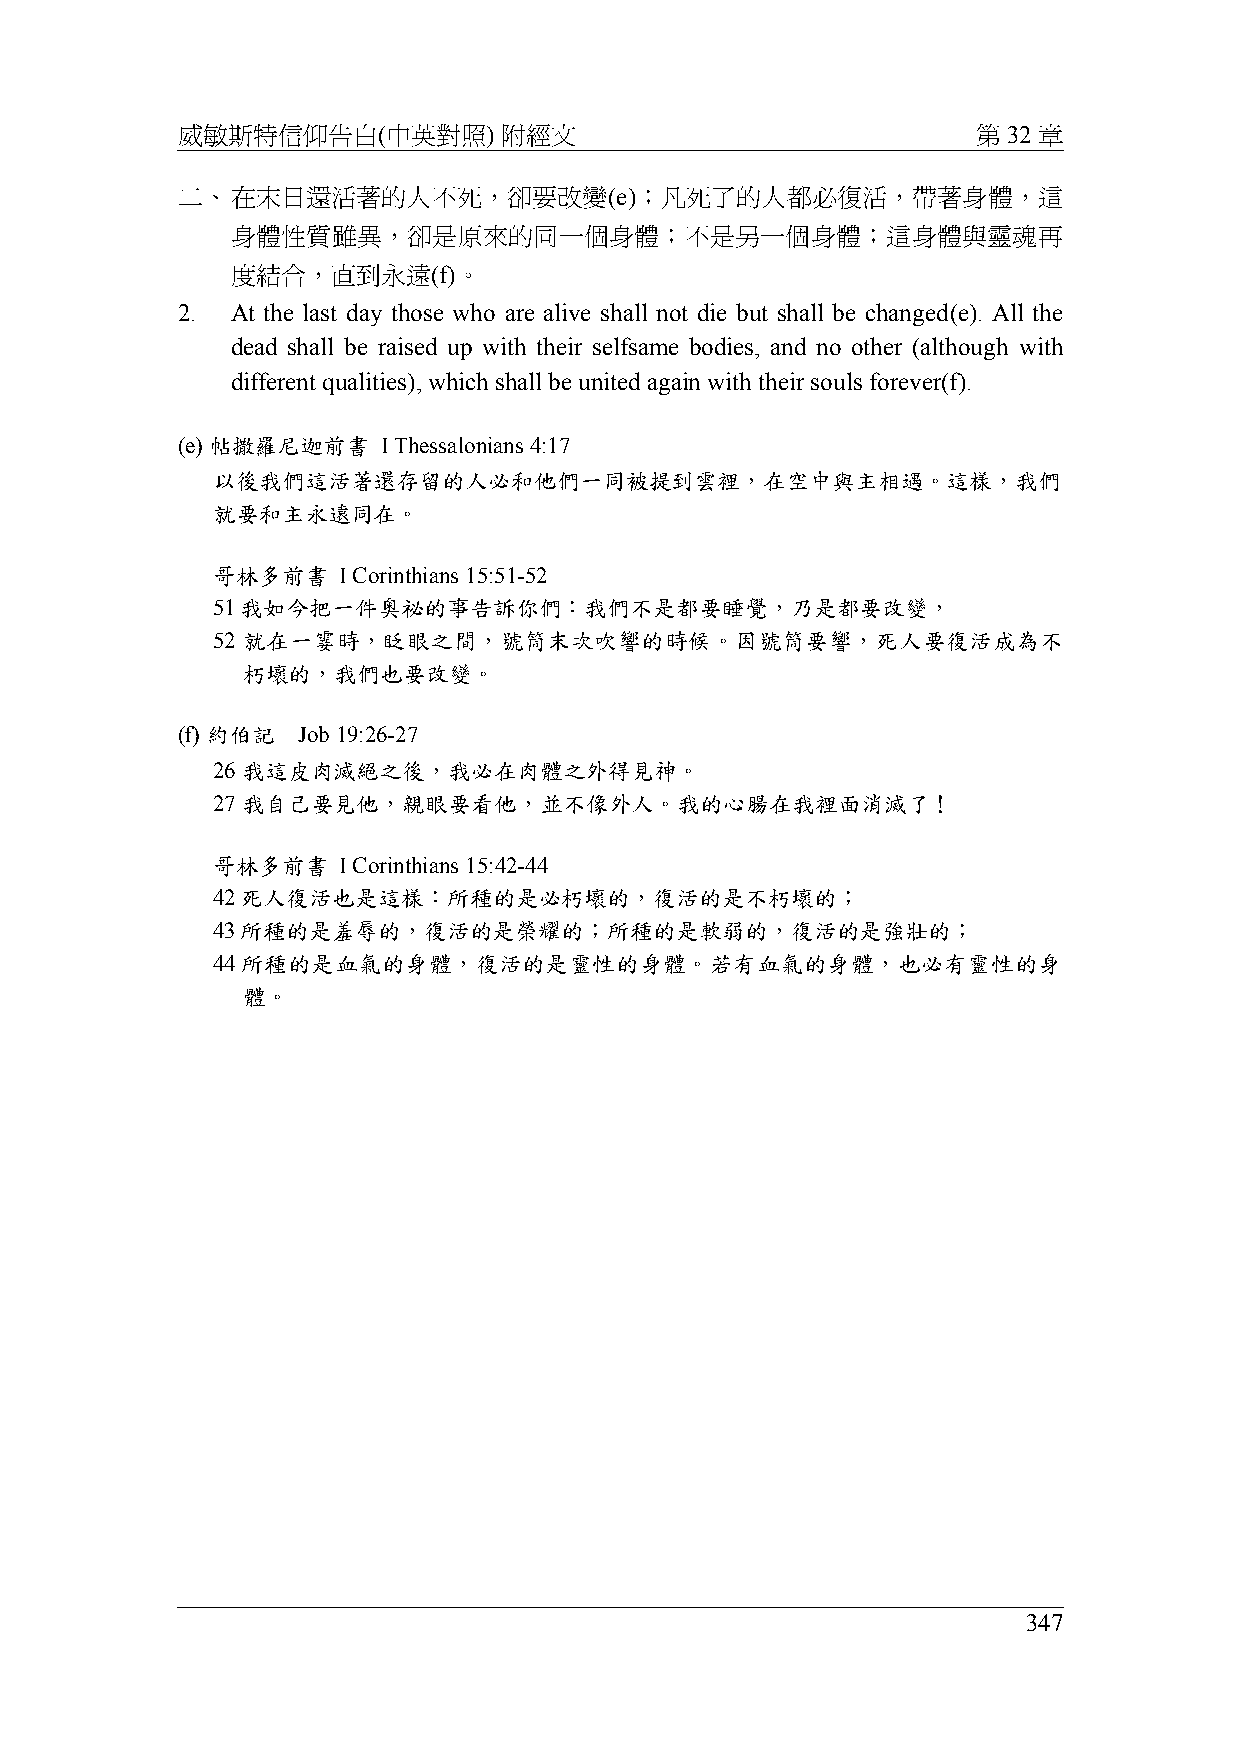
威敏斯特信仰告白(中英對照)       附經文                             第 32 章
 二、在末日還活著的人不死，卻要改變(e)；凡死了的人都必復活，帶著身體，這
 身體性質雖異，卻是原來的同一個身體；不是另一個身體；這身體與靈魂再
 度結合，直到永遠(f)。
 2. At the last day those who are alive shall not die but shall be changed(e). All the
 dead shall be raised up with their selfsame bodies, and no other (although with
 different qualities), which shall be united again with their souls forever(f).
 (e) 帖撒羅尼迦前書  I Thessalonians 4:17
 以後我們這活著還存留的人必和他們一同被提到雲裡，在空中與主相遇。這樣，我們
 就要和主永遠同在。
 哥林多前書   I Corinthians 15:51-52
 51我如今把一件奧祕的事告訴你們：我們不是都要睡覺，乃是都要改變，
 52 就在一霎時，眨眼之間，號筒末次吹響的時候。因號筒要響，死人要復活成為不
 朽壞的，我們也要改變。
 (f) 約伯記 Job 19:26-27
 26 我這皮肉滅絕之後，我必在肉體之外得見神。
 27 我自己要見他，親眼要看他，並不像外人。我的心腸在我裡面消滅了！
 哥林多前書   I Corinthians 15:42-44
 42死人復活也是這樣：所種的是必朽壞的，復活的是不朽壞的；
 43所種的是羞辱的，復活的是榮耀的；所種的是軟弱的，復活的是強壯的；
 44所種的是血氣的身體，復活的是靈性的身體。若有血氣的身體，也必有靈性的身
 體。
 347